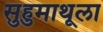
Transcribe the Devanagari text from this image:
सुहुमाथूला